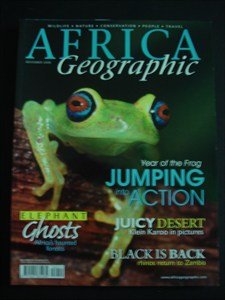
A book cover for AFRICA Geographic - November 2008 - Karoo - Rhino - Zambia - Elephant - Frog - Wildlife - Nature - Conservation - People - Travel; Travel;